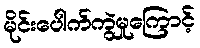
မိုင်းပေါက်ကွဲမှုကြောင့်